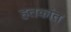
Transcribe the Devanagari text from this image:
हतकांत